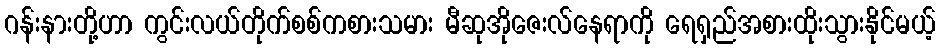
ဂန်းနားတို့ဟာ ကွင်းလယ်တိုက်စစ်ကစားသမား မီဆုအိုဇေးလ်နေရာကို ရေရှည်အစားထိုးသွားနိုင်မယ့်